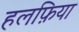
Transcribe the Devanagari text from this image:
हलफ़िया